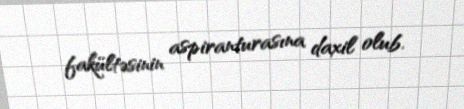
fakültəsinin aspiranturasına daxil olub.